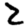
Digit: 2